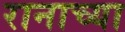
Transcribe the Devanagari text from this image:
रानाच्या